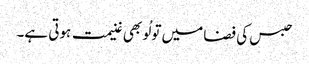
حبس کی فضا میں تو لُو بھی غنیمت ہوتی ہے۔